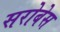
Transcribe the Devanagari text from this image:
सरोबेस